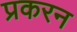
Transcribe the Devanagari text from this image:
प्रकरन